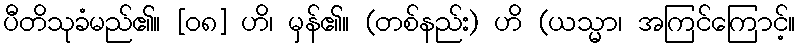
ပီတိသုခံမည်၏။ [၀၈] ဟိ၊ မှန်၏။ (တစ်နည်း) ဟိ (ယသ္မာ၊ အကြင်ကြောင့်။